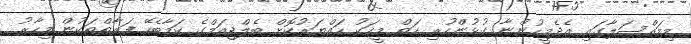
މިމައްސަލާގައި އެދެމީހުންނާ ގުޅުންހުރި ހަތް މީހަކު ހައްޔަރުކޮށް ބެލްޖިއަމްގެ ކަމާބެހޭ ފަރާތްތަކުން މިހާރު